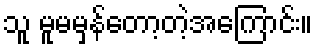
သူ မူမမှန်တော့တဲ့အကြောင်း။